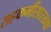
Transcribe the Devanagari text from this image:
सहकर्मीसारख्या